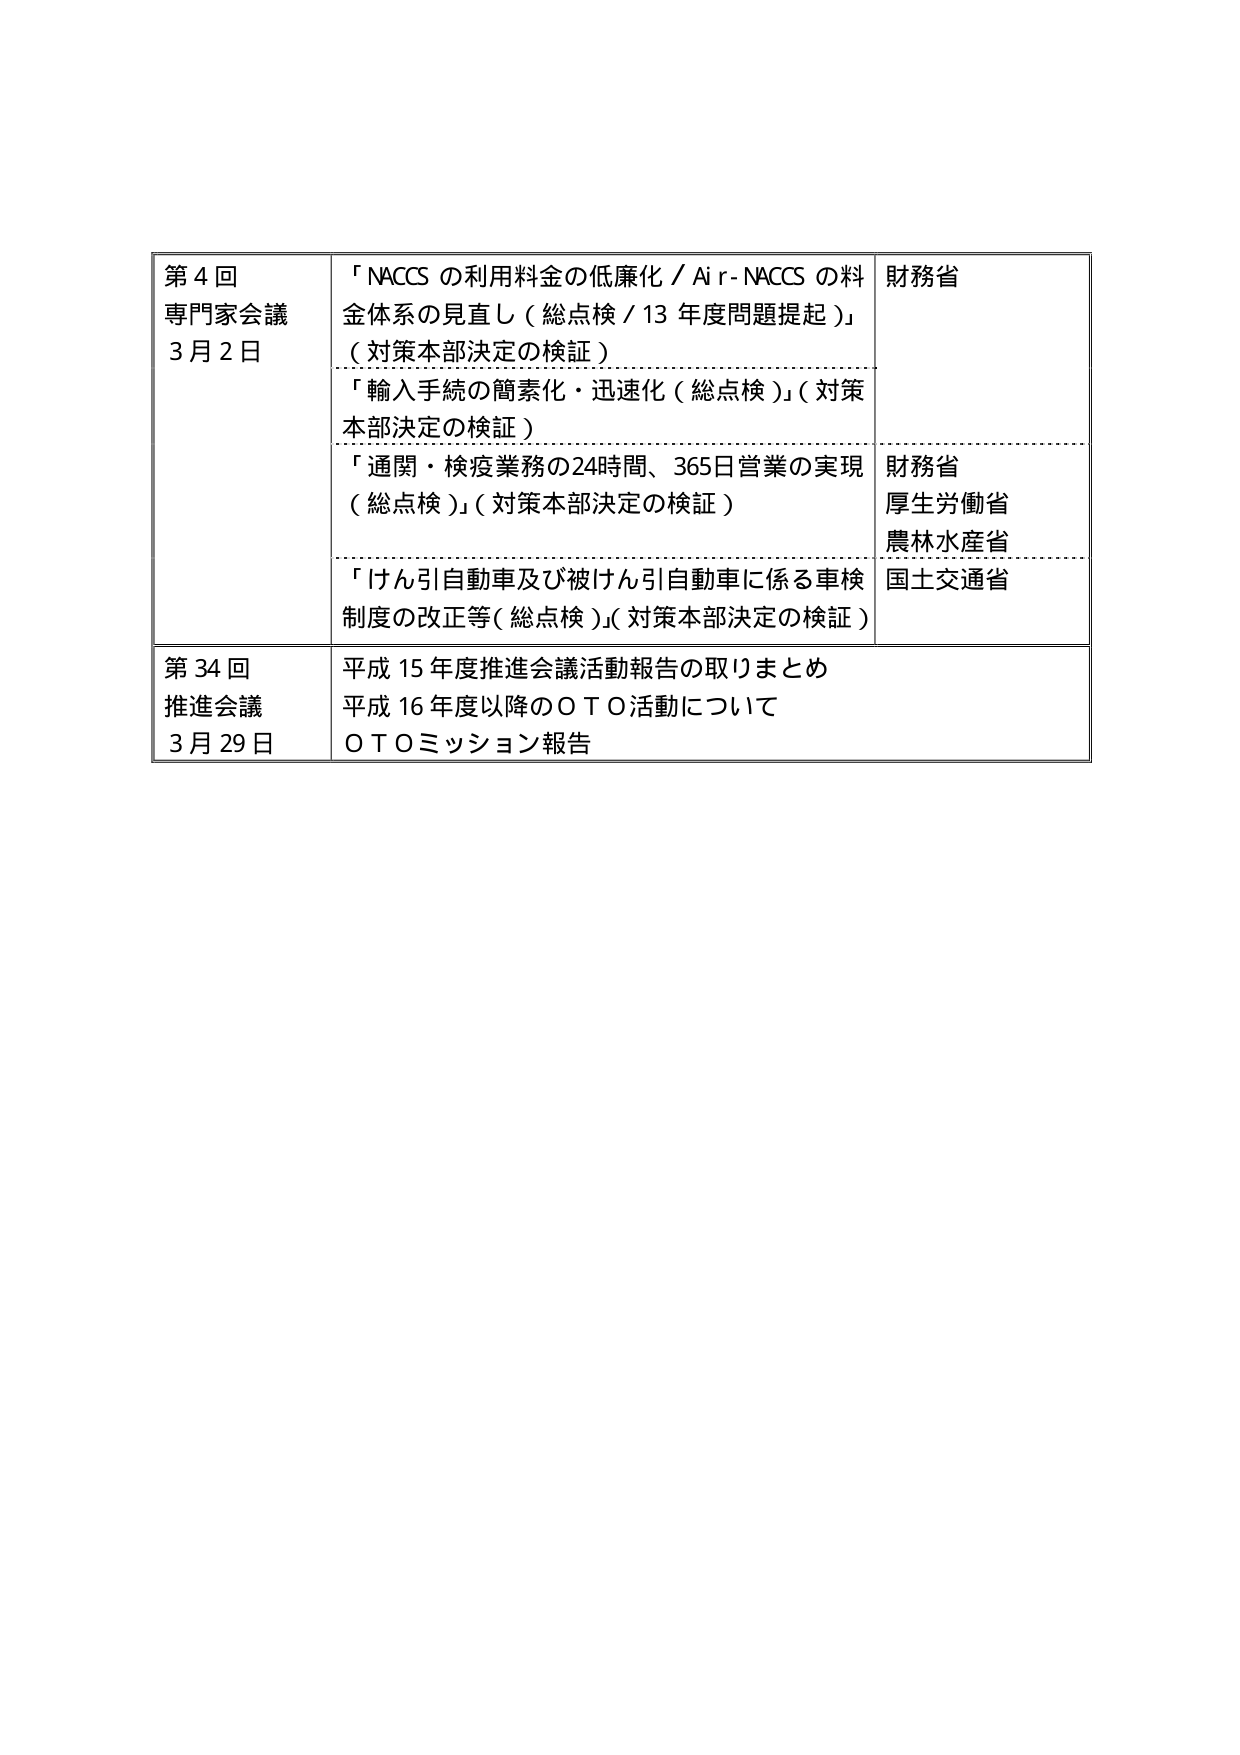
第４回
専門家会議
３月２日

「NACCS の利用料金の低廉化／Air-NACCS の料金体系の見直し（総点検／13 年度問題提起）」
（対策本部決定の検証）

「輸入手続の簡素化・迅速化（総点検）」（対策本部決定の検証）

「通関・検疫業務の24時間、365日営業の実現（総点検）」（対策本部決定の検証）

「けん引自動車及び被けん引自動車に係る車検制度の改正等（総点検）」（対策本部決定の検証）

財務省
財務省
厚生労働省
農林水産省
国土交通省

第34回
推進会議
３月29日

平成15年度推進会議活動報告の取りまとめ
平成16年度以降のＯＴＯ活動について
ＯＴＯミッション報告